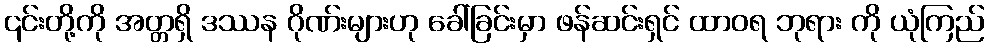
၎င်းတို့ကို အတ္တရှိ ဒဿန ဂိုဏ်းများဟု ခေါ်ခြင်းမှာ ဖန်ဆင်းရှင် ထာဝရ ဘုရား ကို ယုံကြည်